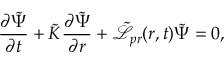
\frac { \partial \tilde { \Psi } } { \partial t } + \tilde { K } \frac { \partial \tilde { \Psi } } { \partial r } + \tilde { \mathcal { L } } _ { p r } ( r , t ) \tilde { \Psi } = 0 ,